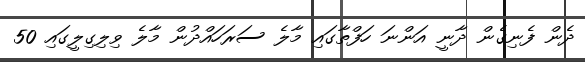
ދެން ފެނިގެން ދާނީ އަންނަ ހަފްތާގައި މާލެ ސަރަހައްދުން މާލެ ވިލިގިލީގައި 50